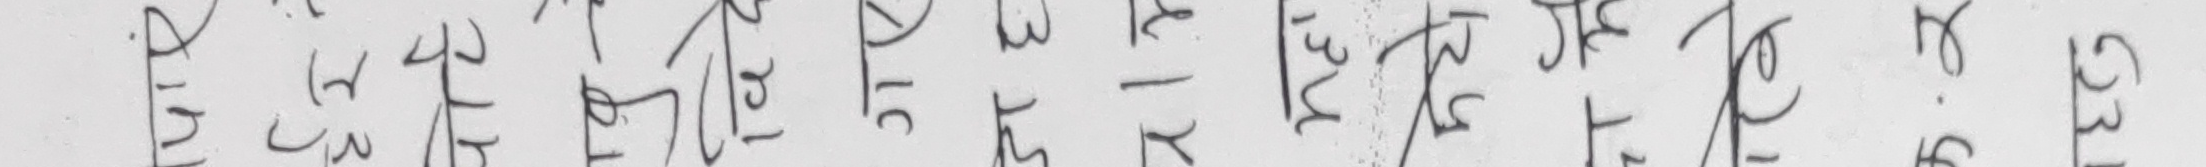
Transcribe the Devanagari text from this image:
९३५ १० ४१३ ७३ गर३३